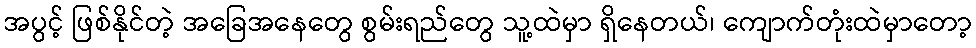
အပွင့် ဖြစ်နိုင်တဲ့ အခြေအနေတွေ စွမ်းရည်တွေ သူ့ထဲမှာ ရှိနေတယ်၊ ကျောက်တုံးထဲမှာတော့